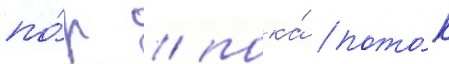
по́р / пока́ пото́к